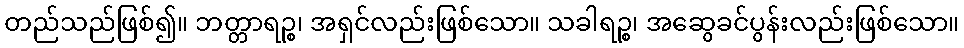
တည်သည်ဖြစ်၍။ ဘတ္တာရဉ္စ၊ အရှင်လည်းဖြစ်သော။ သခါရဉ္စ၊ အဆွေခင်ပွန်းလည်းဖြစ်သော။